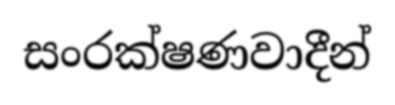
සංරක්ෂණවාදීන්